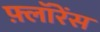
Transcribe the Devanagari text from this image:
फ़्लॉरेंस